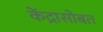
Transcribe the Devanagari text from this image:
केंद्रासोबत